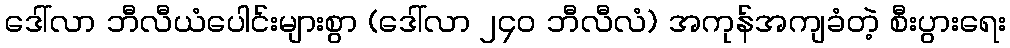
ဒေါ်လာ ဘီလီယံပေါင်းများစွာ (ဒေါ်လာ ၂၄၀ ဘီလီလံ) အကုန်အကျခံတဲ့ စီးပွားရေး